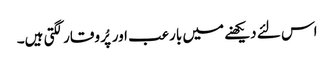
اس لئے دیکھنے میں بارعب اور پُر وقار لگتی ہیں۔